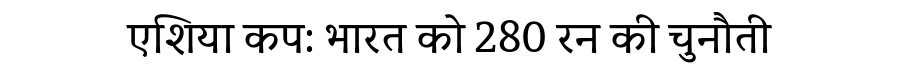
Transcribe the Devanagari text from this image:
एशिया कप: भारत को 280 रन की चुनौती